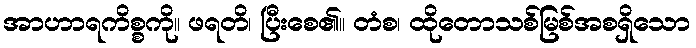
အာဟာရကိစ္စကို။ ဖရတိ၊ ပြီးစေ၏။ တံစ၊ ထိုတောသစ်မြစ်အစရှိသော